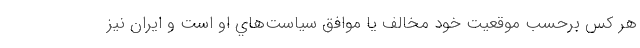
هر كس برحسب موقعيت خود مخالف يا موافق سياست‌هاي او است و ايران نيز